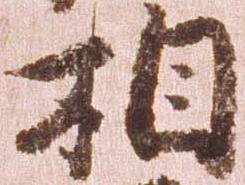
相